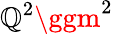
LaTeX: \mathbb{Q}^{2}\ggm^{2}